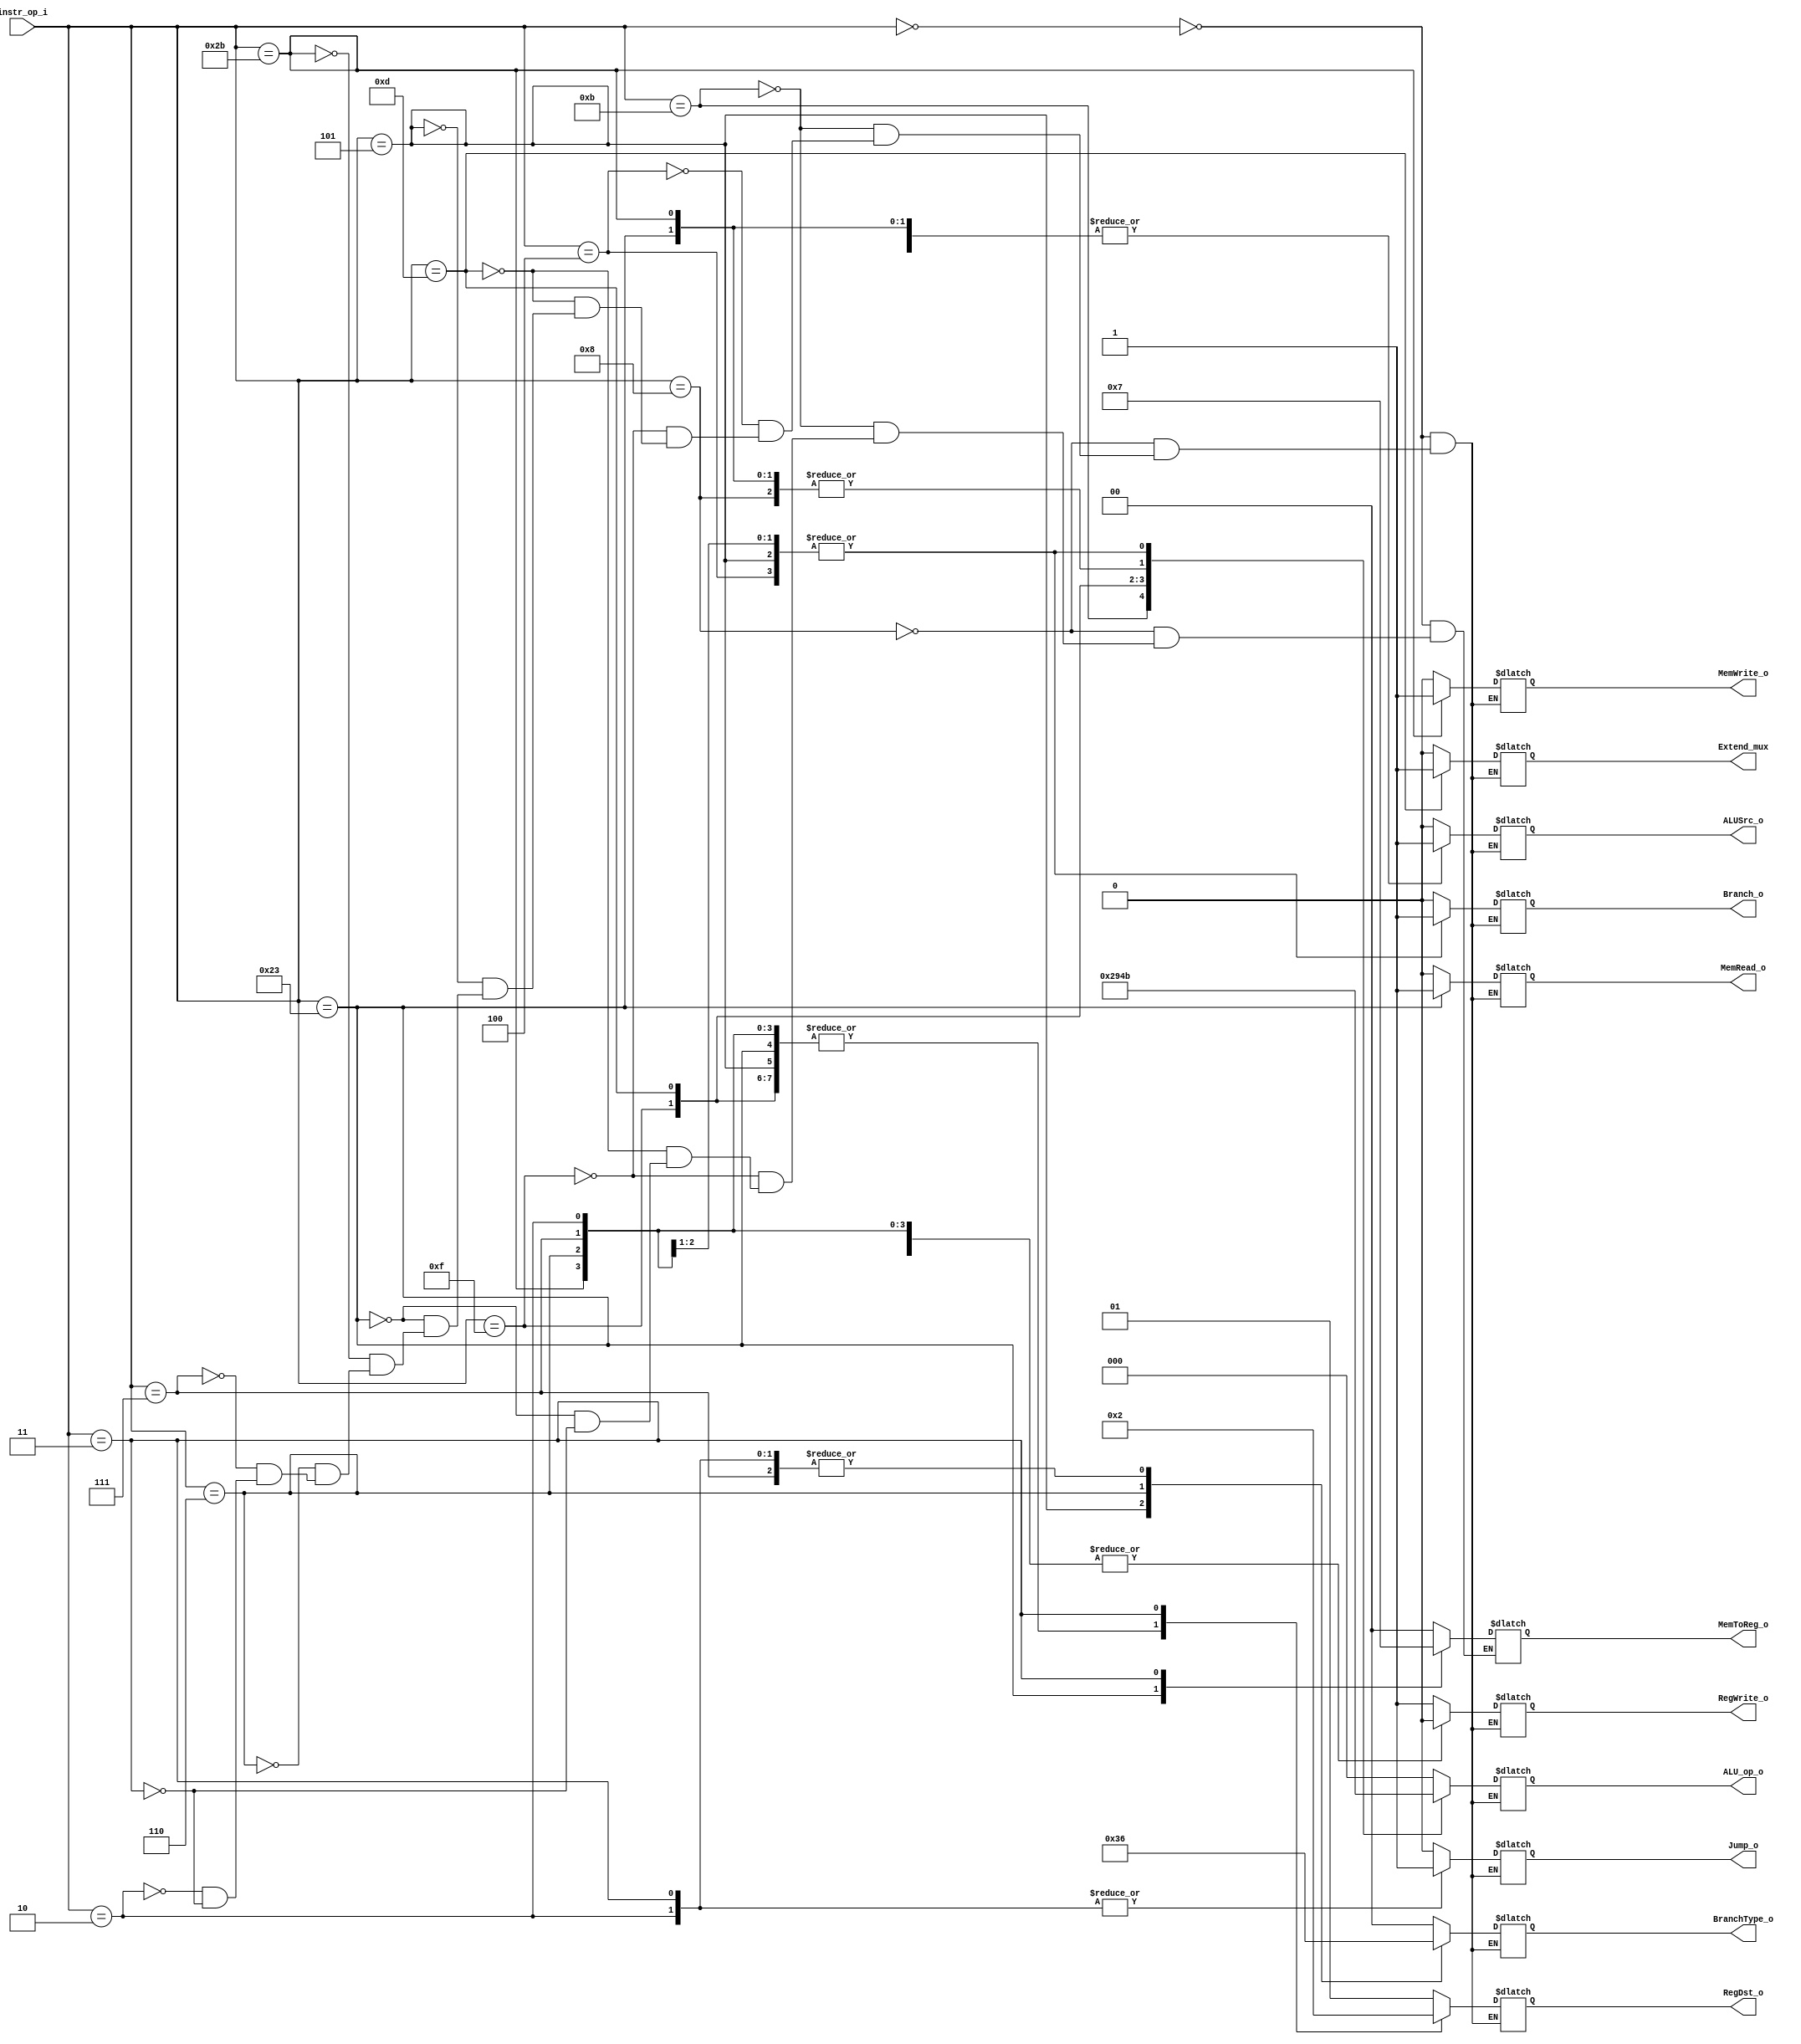

module Decoder(
  instr_op_i,
	RegWrite_o,
	ALU_op_o,
	ALUSrc_o,
	RegDst_o,
	Branch_o,
	Extend_mux,
	MemToReg_o,
	BranchType_o,
	Jump_o,
	MemRead_o,
	MemWrite_o
	);

//I/O ports
input  [6-1:0] instr_op_i;

output         RegWrite_o;
output [3-1:0] ALU_op_o;
output         ALUSrc_o;
output [2-1:0] RegDst_o;
output         Branch_o;
output				 Extend_mux;
output [1:0]   BranchType_o;
output				 Jump_o;

output				 MemRead_o;
output				 MemWrite_o;
output [2-1:0] MemToReg_o;

//Internal Signals
reg	[3-1:0] ALU_op_o;
reg         ALUSrc_o;
reg         RegWrite_o;
reg	[2-1:0]	RegDst_o;
reg					Branch_o;
reg					Extend_mux;
reg	[1:0]   BranchType_o;
reg					Jump_o;

reg [2-1:0] MemToReg_o;
reg			    MemRead_o;
reg					MemWrite_o;


always @(*) 
begin

	case(instr_op_i)
		6'b000000:	// R-type
			begin
				ALU_op_o[2:0]<=3'b000;
				ALUSrc_o=0;
				RegWrite_o=1;
				RegDst_o=2'b01;
				Branch_o=0;
				Extend_mux=0;
				MemRead_o=0;
				MemWrite_o=0;
				BranchType_o=2'b00;
				Jump_o=0;
				MemToReg_o = 2'b00;

			end 
		6'b001000:	//	addi
			begin
				ALU_op_o[2:0]<=3'b001;
				ALUSrc_o=1;
				RegWrite_o=1;
				RegDst_o=2'b00;
				Branch_o=0;

				Extend_mux=0;
				MemRead_o=0;
				MemWrite_o=0;
				BranchType_o=2'b00;
				Jump_o=0;
				MemToReg_o = 2'b00;
			end 
		6'b001011:	//sltiu
			begin
				ALU_op_o[2:0]<=3'b010;
				ALUSrc_o=1;
				RegWrite_o=1;
				RegDst_o=2'b00;
				Branch_o=0;
				Extend_mux=0;
				MemRead_o=0;
				MemWrite_o=0;
				BranchType_o=2'b00;
				Jump_o=0;
				MemToReg_o = 2'b00;
			end 
		6'b000100:	//	beq
			begin
				ALU_op_o[2:0]<=3'b011;
				ALUSrc_o=0;
				RegWrite_o=0;
				RegDst_o=2'b00;
				Branch_o=1;
				Extend_mux=0;
				MemRead_o=0;
				MemWrite_o=0;
				BranchType_o=2'b00;
				Jump_o=0;
				
			end 
		6'b001111:	//	lui
			begin
				ALU_op_o[2:0]<=3'b100;
				ALUSrc_o=1;
				RegWrite_o=1;
				RegDst_o=2'b00;
				Branch_o=0;
				Extend_mux=0;
				MemRead_o=0;
				MemWrite_o=0;
				BranchType_o=2'b00;
				Jump_o=0;
				MemToReg_o = 2'b00;
			end 
		6'b001101:	//	ori
			begin
				ALU_op_o[2:0]<=3'b101;
				ALUSrc_o=1;
				RegWrite_o=1;
				RegDst_o=2'b00;
				Branch_o=0;
				Extend_mux=1;
				MemRead_o=0;
				MemWrite_o=0;
				BranchType_o=2'b00;
				Jump_o=0;
				MemToReg_o = 2'b00;
			end 
		6'b000101:	//	bne
			begin
				ALU_op_o[2:0]<=3'b011;
				ALUSrc_o=0;
				RegWrite_o=0;
				RegDst_o=2'b00;
				Branch_o=1;
				Extend_mux=0;
				MemRead_o=0;
				MemWrite_o=0;
				BranchType_o=2'b11;
				Jump_o=0;
			end


		6'b100011:	// lw	
			begin
				ALU_op_o[2:0]<=3'b001;
				ALUSrc_o=1;
				RegWrite_o=1;
				RegDst_o=2'b00;
				Branch_o=0;
				MemRead_o=1;
				MemWrite_o=0;
				BranchType_o=2'b00;
				Jump_o=0;
				Extend_mux=0;
				MemToReg_o = 2'b01;
			end
		6'b101011:	//	sw
			begin
				ALU_op_o[2:0]<=3'b001;
				ALUSrc_o=1;
				RegWrite_o=0;
				RegDst_o=2'b00;
				Branch_o=0;
				MemRead_o=0;
				MemWrite_o=1;
				Extend_mux=0;
				BranchType_o=2'b00;
				Jump_o=0;
				
			end
		6'b000110:	//	blez
			begin
				ALU_op_o[2:0]<=3'b011;
				ALUSrc_o=0;
				RegWrite_o=0;
				RegDst_o=2'b00;
				Branch_o=1;
				Extend_mux=0;
				MemRead_o=0;
				MemWrite_o=0;
				BranchType_o=2'b01;
				Jump_o=0;
			end
		6'b000111:	// bgtz
			begin
				ALU_op_o[2:0]<=3'b011;
				ALUSrc_o=0;
				RegWrite_o=0;
				RegDst_o=2'b00;
				Branch_o=1;
				Extend_mux=0;
				MemRead_o=0;
				MemWrite_o=0;
				BranchType_o=2'b10;
				Jump_o=0;
			end
		6'b000010:	//	j
			begin
				ALU_op_o[2:0]<=3'b000;
				ALUSrc_o=0;
				RegWrite_o=0;
				RegDst_o=2'b00;
				Branch_o=0;
				Extend_mux=0;
				MemRead_o=0;
				MemWrite_o=0;
				BranchType_o=2'b10;
				Jump_o=1;
			end
		6'b000011:	//	jal
			begin
				ALU_op_o[2:0]<=3'b000;
				ALUSrc_o=0;
				RegWrite_o=1;
				RegDst_o=2'b10;
				Branch_o=0;
				Extend_mux=0;
				MemRead_o=0;
				MemWrite_o=0;
				BranchType_o=2'b10;
				Jump_o=1;
				MemToReg_o = 2'b11;
			end
	endcase
end
endmodule